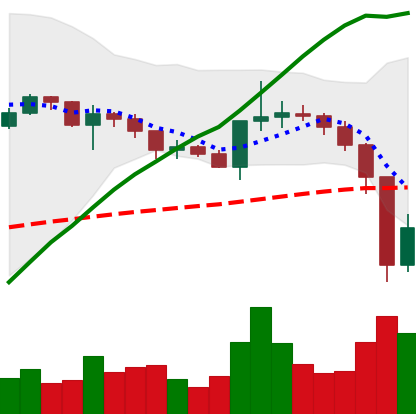
Ticker: XRP-USD
Chart end date: 2020-12-24
Forward return: -34.592%
Label: down_7plus